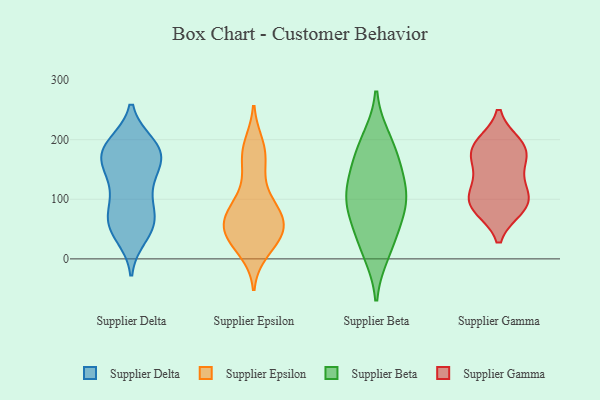
{"axis": {"x": "Active Users", "y": "Value"}, "legend": ["Supplier Beta", "Supplier Delta", "Supplier Epsilon", "Supplier Gamma"], "data": [{"x": "", "y": 103, "type": "Supplier Delta"}, {"x": "", "y": 64, "type": "Supplier Delta"}, {"x": "", "y": 51, "type": "Supplier Delta"}, {"x": "", "y": 137, "type": "Supplier Delta"}, {"x": "", "y": 72, "type": "Supplier Delta"}, {"x": "", "y": 161, "type": "Supplier Delta"}, {"x": "", "y": 60, "type": "Supplier Delta"}, {"x": "", "y": 39, "type": "Supplier Delta"}, {"x": "", "y": 101, "type": "Supplier Delta"}, {"x": "", "y": 138, "type": "Supplier Delta"}, {"x": "", "y": 192, "type": "Supplier Delta"}, {"x": "", "y": 170, "type": "Supplier Delta"}, {"x": "", "y": 191, "type": "Supplier Delta"}, {"x": "", "y": 189, "type": "Supplier Delta"}, {"x": "", "y": 178, "type": "Supplier Delta"}, {"x": "", "y": 180, "type": "Supplier Delta"}, {"x": "", "y": 167, "type": "Supplier Delta"}, {"x": "", "y": 56, "type": "Supplier Delta"}, {"x": "", "y": 14, "type": "Supplier Epsilon"}, {"x": "", "y": 61, "type": "Supplier Epsilon"}, {"x": "", "y": 28, "type": "Supplier Epsilon"}, {"x": "", "y": 60, "type": "Supplier Epsilon"}, {"x": "", "y": 32, "type": "Supplier Epsilon"}, {"x": "", "y": 186, "type": "Supplier Epsilon"}, {"x": "", "y": 33, "type": "Supplier Epsilon"}, {"x": "", "y": 190, "type": "Supplier Epsilon"}, {"x": "", "y": 88, "type": "Supplier Epsilon"}, {"x": "", "y": 68, "type": "Supplier Epsilon"}, {"x": "", "y": 70, "type": "Supplier Epsilon"}, {"x": "", "y": 55, "type": "Supplier Epsilon"}, {"x": "", "y": 97, "type": "Supplier Epsilon"}, {"x": "", "y": 37, "type": "Supplier Epsilon"}, {"x": "", "y": 171, "type": "Supplier Epsilon"}, {"x": "", "y": 53, "type": "Supplier Epsilon"}, {"x": "", "y": 84, "type": "Supplier Epsilon"}, {"x": "", "y": 131, "type": "Supplier Epsilon"}, {"x": "", "y": 167, "type": "Supplier Epsilon"}, {"x": "", "y": 126, "type": "Supplier Beta"}, {"x": "", "y": 30, "type": "Supplier Beta"}, {"x": "", "y": 95, "type": "Supplier Beta"}, {"x": "", "y": 199, "type": "Supplier Beta"}, {"x": "", "y": 70, "type": "Supplier Beta"}, {"x": "", "y": 87, "type": "Supplier Beta"}, {"x": "", "y": 114, "type": "Supplier Beta"}, {"x": "", "y": 156, "type": "Supplier Beta"}, {"x": "", "y": 12, "type": "Supplier Beta"}, {"x": "", "y": 181, "type": "Supplier Beta"}, {"x": "", "y": 179, "type": "Supplier Gamma"}, {"x": "", "y": 191, "type": "Supplier Gamma"}, {"x": "", "y": 86, "type": "Supplier Gamma"}, {"x": "", "y": 91, "type": "Supplier Gamma"}, {"x": "", "y": 96, "type": "Supplier Gamma"}, {"x": "", "y": 94, "type": "Supplier Gamma"}, {"x": "", "y": 185, "type": "Supplier Gamma"}, {"x": "", "y": 143, "type": "Supplier Gamma"}, {"x": "", "y": 123, "type": "Supplier Gamma"}, {"x": "", "y": 180, "type": "Supplier Gamma"}]}